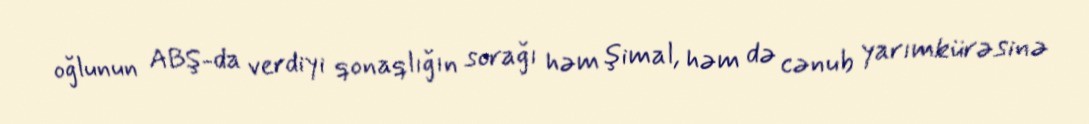
oğlunun ABŞ-da verdiyi qonaqlığın sorağı həm şimal, həm də cənub yarımkürəsinə